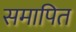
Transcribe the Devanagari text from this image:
समापित